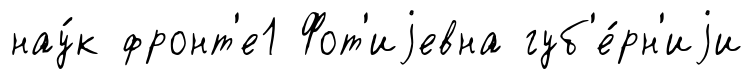
нау́к фронт'е1 Фот'иjевна губ'е́рн'иjи